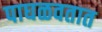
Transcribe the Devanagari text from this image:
पाघळवतात